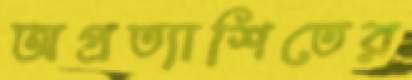
অপ্রত্যাশিতের